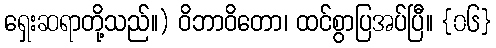
ရှေးဆရာတို့သည်။) ဝိဘာဝိတော၊ ထင်စွာပြအပ်ပြီ။ {၀၆}